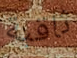
ثاقبة